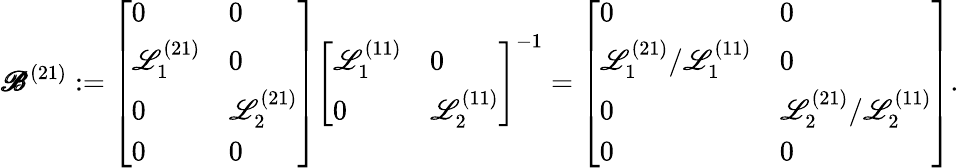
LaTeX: \pmb{\mathscr{B}}^{(21)}:=\left[\begin{array}{ll}{0}&{0}\\ {\mathscr{L}_{1}^{(21)}}&{0}\\ {0}&{\mathscr{L}_{2}^{(21)}}\\ {0}&{0}\end{array}\right]\left[\begin{array}{ll}{\mathscr{L}_{1}^{(11)}}&{0}\\ {0}&{\mathscr{L}_{2}^{(11)}}\end{array}\right]^{-1}=\left[\begin{array}{ll}{0}&{0}\\ {\mathscr{L}_{1}^{(21)}/\mathscr{L}_{1}^{(11)}}&{0}\\ {0}&{\mathscr{L}_{2}^{(21)}/\mathscr{L}_{2}^{(11)}}\\ {0}&{0}\end{array}\right].